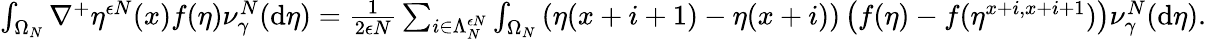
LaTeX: \begin{array}{r}{\int_{\Omega_{N}}\nabla^{+}\eta^{\epsilon N}(x)f(\eta)\nu_{\gamma}^{N}(\mathrm{d}\eta)=\frac{1}{2\epsilon N}\sum_{i\in\Lambda_{N}^{\epsilon N}}\int_{\Omega_{N}}\left(\eta(x+i+1)-\eta(x+i)\right)\left(f(\eta)-f(\eta^{x+i,x+i+1})\right)\nu_{\gamma}^{N}(\mathrm{d}\eta).}\end{array}